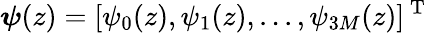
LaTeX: \boldsymbol{\psi}(z)=[\psi_{0}(z),\psi_{1}(z),...,\psi_{3M}(z)]^{\mathrm{~T~}}